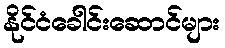
နိုင်ငံခေါင်းဆောင်များ